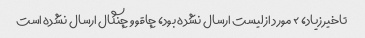
تاخیر زیاد، ۲ مورد از لیست ارسال نشده بود، چاقو و چنگال ارسال نشده است